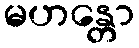
မဟန္တော